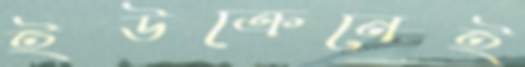
ইউক্রেনেই